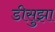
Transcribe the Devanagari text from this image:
डीसुझा